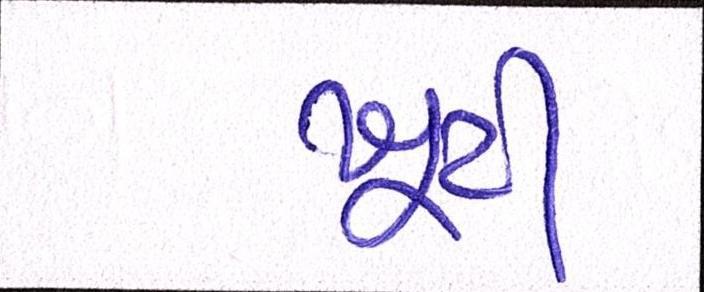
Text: ખુટી